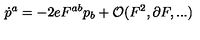
\dot { p } ^ { a } = - 2 e F ^ { a b } p _ { b } + { \cal O } ( F ^ { 2 } , \partial F , . . . )